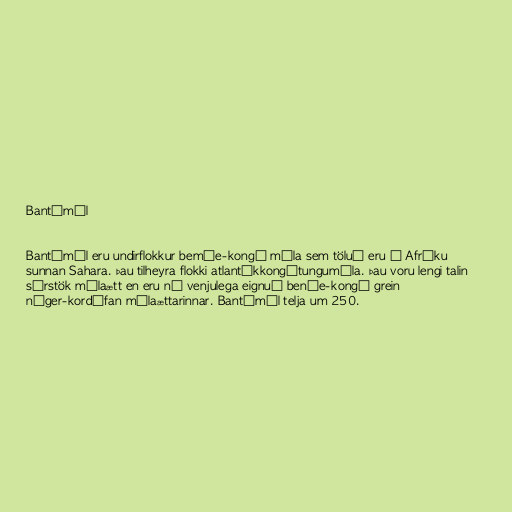
Bantúmál

Bantúmál eru undirflokkur bemúe-kongó mála sem töluð eru í Afríku
sunnan Sahara. Þau tilheyra flokki atlantíkkongótungumála. Þau voru lengi talin
sérstök málaætt en eru nú venjulega eignuð benúe-kongó grein
níger-kordófan málaættarinnar. Bantúmál telja um 250.